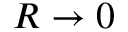
R \rightarrow 0